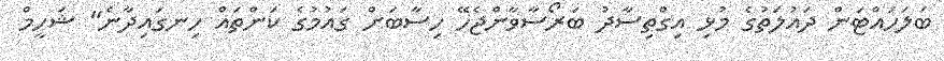
ބަލަހައްޓަން ދައުލަތުގެ މުޅި އިގްތިސާދު ބަރޯސާވާންޖެހޭ ހިސާބަށް ގައުމުގެ ކަންތައް ހިނގައިދާނެ" ޝަހީމް